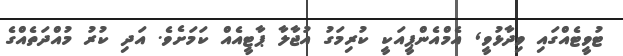
ޓުވީޓެއްގައި ވިދާޅުވީ